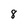
Character: 8